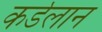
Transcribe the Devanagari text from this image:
कर्डलान